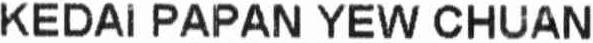
KEDAI PAPAN YEW CHUAN